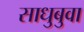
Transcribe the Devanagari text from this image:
साधुबुवा